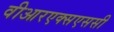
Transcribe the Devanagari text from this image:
वीआरएक्सएससी